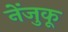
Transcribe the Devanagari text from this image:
नेंजुकू